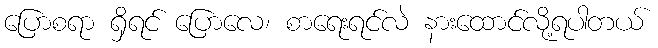
ပြောစရာ ရှိရင် ပြောလေ၊ စာရေးရင်လဲ နားထောင်လို့ရပါတယ်